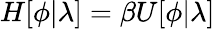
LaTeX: H[\phi|\lambda]=\beta U[\phi|\lambda]